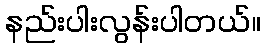
နည်းပါးလွန်းပါတယ်။